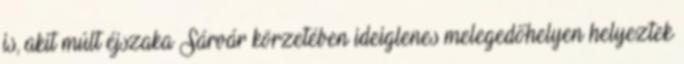
is, akit múlt éjszaka Sárvár körzetében ideiglenes melegedőhelyen helyeztek